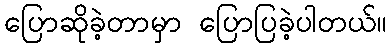
ပြောဆိုခဲ့တာမှာ ပြောပြခဲ့ပါတယ်။